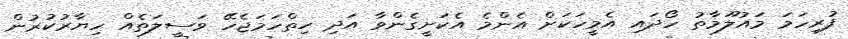
ފުރިހަމަ މައުލޫމާތު ހޯދައި އެމީހަކަށް އެންމެ އެކަށީގެންވާ އަދި ހިތްހަމަޖެހޭ ވަސީލަތެއް ހިޔާރުކުރުން